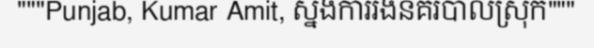
"""Punjab, Kumar Amit, ស្នងការរងនគរបាលស្រុក"""